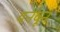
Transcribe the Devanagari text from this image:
वनवून